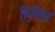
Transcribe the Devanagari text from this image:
हिचिन